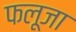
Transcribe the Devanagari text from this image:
फलूजा